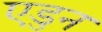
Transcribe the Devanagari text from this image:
एडुन